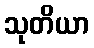
သုတိယာ